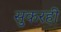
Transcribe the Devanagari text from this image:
सुकरही